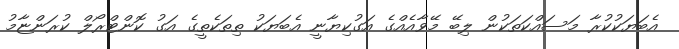
އެބަޔަކުކުރާ މަސައްކަތަކުން ލިބޭ މޭވާއެއްގެ އަގުކިޔާނީ އެބަޔަކު ތިތަކެތީގެ އަގު ކޮންޓްރޯލް ކުރަންޏާމު